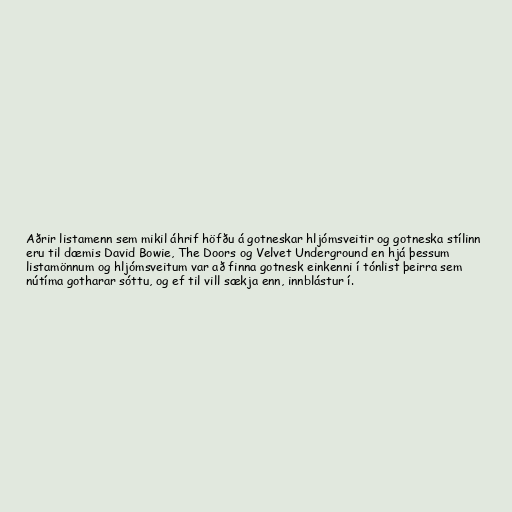
Aðrir listamenn sem mikil áhrif höfðu á gotneskar hljómsveitir og gotneska stílinn
eru til dæmis David Bowie, The Doors og Velvet Underground en hjá þessum
listamönnum og hljómsveitum var að finna gotnesk einkenni í tónlist þeirra sem
nútíma gotharar sóttu, og ef til vill sækja enn, innblástur í.